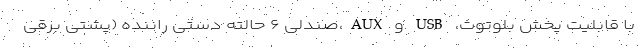
با قابلیت پخش بلوتوث، USB و AUX،صندلی ۶ حالته دستی راننده (پشتی برقی